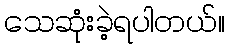
သေဆုံးခဲ့ရပါတယ်။